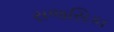
રાજસિકા